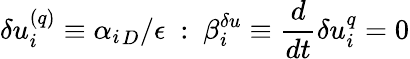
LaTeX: \delta u_{i}^{(q)}\equiv{\alpha_{i}}_{D}/\epsilon~:~\beta_{i}^{\delta u}\equiv\frac{d}{dt}\delta u_{i}^{q}=0